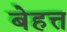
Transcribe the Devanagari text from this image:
बेहत्त